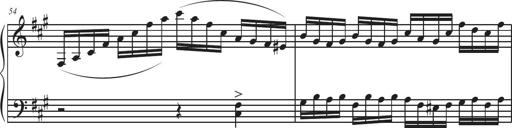
Title: Sonatina Espania
Composer: Jerald Franklin Archer
Key: Various